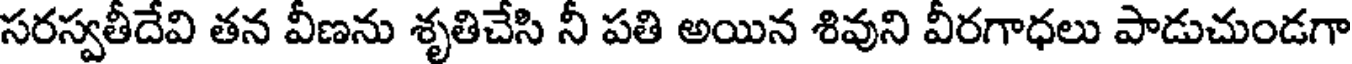
సరస్వతీదేవి తన వీణను శృతిచేసి నీ పతి అయిన శివుని వీరగాధలు పాడుచుండగా